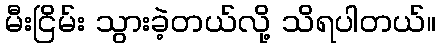
မီးငြိမ်း သွားခဲ့တယ်လို့ သိရပါတယ်။